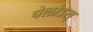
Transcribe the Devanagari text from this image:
पेलोडस्